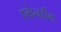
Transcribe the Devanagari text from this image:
एकेनहीम